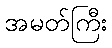
အမတ်ကြီး